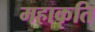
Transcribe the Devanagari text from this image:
महाकृति